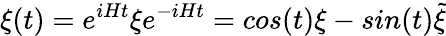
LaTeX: \xi(t)=e^{iHt}\xi e^{-iHt}=cos(t)\xi-sin(t){\widetilde\xi}